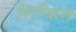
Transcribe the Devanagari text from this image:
शिन्किरो